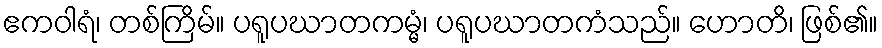
ဧကဝါရံ၊ တစ်ကြိမ်။ ပရူပဃာတကမ္မံ၊ ပရူပဃာတကံသည်။ ဟောတိ၊ ဖြစ်၏။